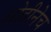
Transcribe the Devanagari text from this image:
ओढीनेच